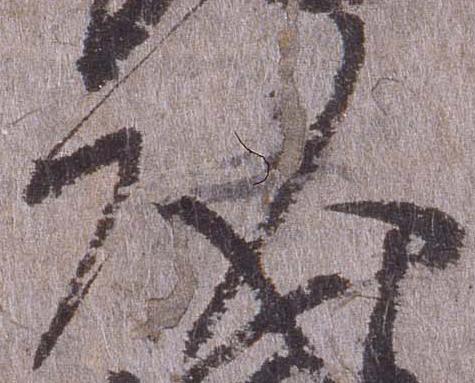
頭